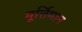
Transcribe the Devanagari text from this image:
मूर्त्तिमान